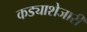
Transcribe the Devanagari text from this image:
कड्याशेजारी